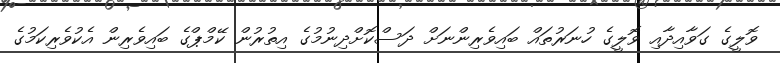
ވޮލީގެ ގަވާއިދާއި ވޮލީގެ ހުނަރުތައް ބައިވެރިންނަށް ދަސްކޮށްދިނުމުގެ އިތުރުން ކޭމްޕްގެ ބައިވެރިން އެކުވެރިކަމުގެ